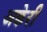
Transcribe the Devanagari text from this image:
अक्वेरी